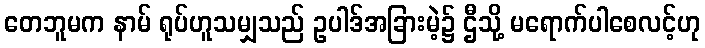
တေဘူမက နာမ် ရုပ်ဟူသမျှသည် ဥပါဒ်အခြားမဲ့၌ ဌီသို့ မရောက်ပါစေလင့်ဟု